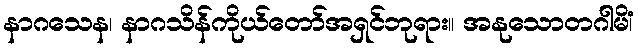
နာဂသေန၊ နာဂသိန်ကိုယ်တော်အရှင်ဘုရား။ အနုသောတဂါမိံ၊